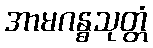
အာမဂန္ဓသုတ္တံ